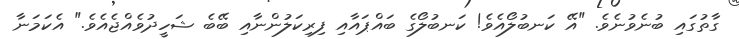
ގާތުގައި ބުނެވުނެވެ. "އޭ ކަނބުލޯއެވެ! ކަނބުލޯގެ ބައްޕައާއި ފިރިކަލުންނާއި ބޭބެ ޝަހީދުވެއްޖެއެވެ." އެކަމަނާ